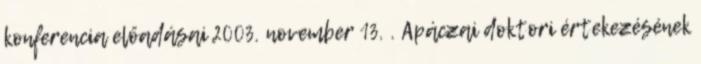
konferencia előadásai 2003. november 13. . Apáczai doktori értekezésének